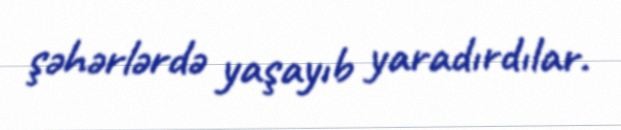
şəhərlərdə yaşayıb yaradırdılar.